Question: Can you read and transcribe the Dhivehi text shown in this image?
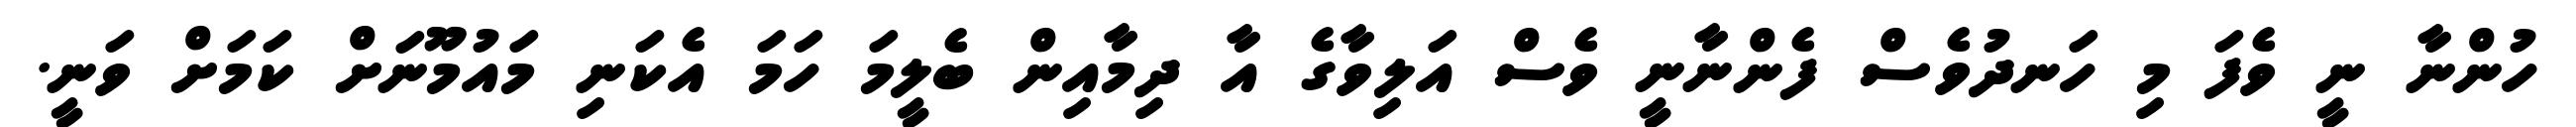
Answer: ހުންނާ ނީ ވެފަ މި ހަނދުވެސް ފެންނާނީ ވެސް އަލިވާގެ އާ ދިމާއިން ބެލީމަ ހަމަ އެކަނި މައުމޫނަށް ކަމަށް ވަނީ.